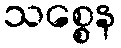
သစ္စေန